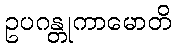
ဥပဂန္တုကာမောတိ